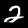
Digit: 2